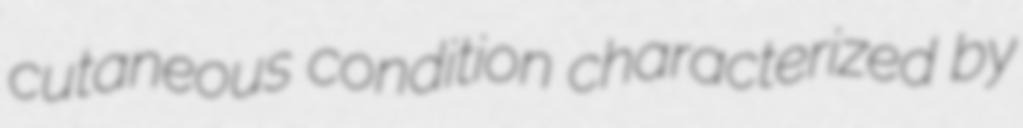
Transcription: cutaneous condition characterized by